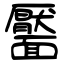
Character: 靨